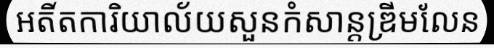
អតីតការិយាល័យសួនកំសាន្តឌ្រីមលែន